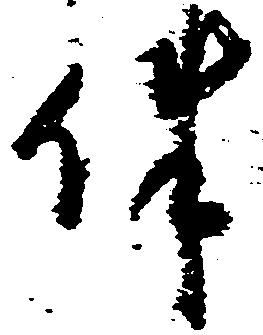
件